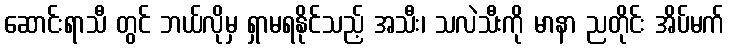
ဆောင်းရာသီ တွင် ဘယ်လိုမှ ရှာမရနိုင်သည့် အသီး၊ သလဲသီးကို မာနာ ညတိုင်း အိပ်မက်